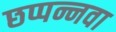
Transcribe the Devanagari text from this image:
छप्पन्नवा